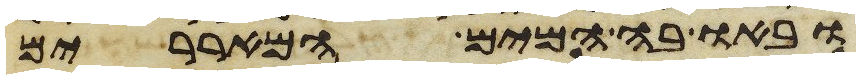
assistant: ובאו בה המים המאררים